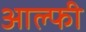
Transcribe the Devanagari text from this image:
आल्फी